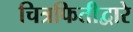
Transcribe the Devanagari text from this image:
चित्रफितीद्वारे